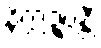
နိက္ကဍ္ဎန္တီ